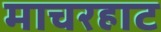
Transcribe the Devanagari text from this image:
माचरहाट